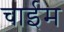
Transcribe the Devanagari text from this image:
चाईम